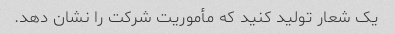
یک شعار تولید کنید که مأموریت شرکت را نشان دهد.